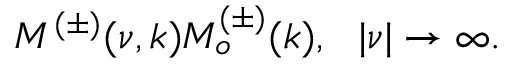
M ^ { ( \pm ) } ( \nu , k ) M _ { o } ^ { ( \pm ) } ( k ) , ~ ~ | \nu | \rightarrow \infty .